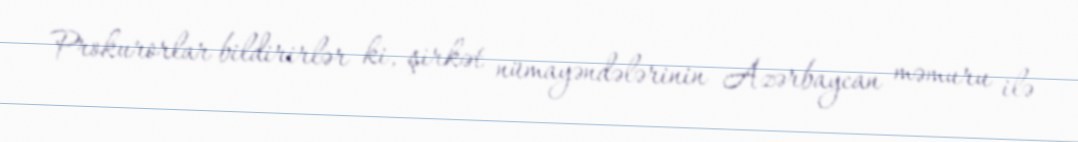
Prokurorlar bildirirlər ki, şirkət nümayəndələrinin Azərbaycan məmuru ilə